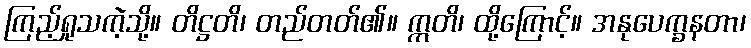
ကြည့်ရှုသကဲ့သို့။ တိဋ္ဌတိ၊ တည်တတ်၏။ ဣတိ၊ ထို့ကြောင့်။ အနုပေက္ခနတာ၊